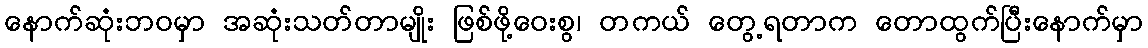
နောက်ဆုံးဘဝမှာ အဆုံးသတ်တာမျိုး ဖြစ်ဖို့ဝေးစွ၊ တကယ် တွေ့ရတာက တောထွက်ပြီးနောက်မှာ